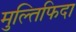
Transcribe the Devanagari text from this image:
मुल्तिफिदा